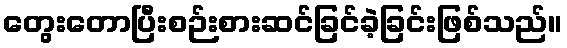
တွေးတောပြီးစဉ်းစားဆင်ခြင်ခဲ့ခြင်းဖြစ်သည်။